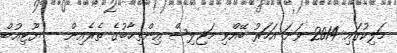
މަލިކުގައި 2014 ވަނަ އަހަރު ބޭއްވި މަޖިލިސް އިންތިޚާބުގެ ތެރެއިން -- ޔޫޓިއުބް